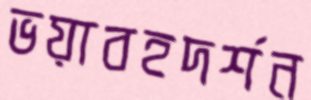
ভয়াবহদর্শন